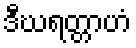
ဒီဃရတ္တာဟံ